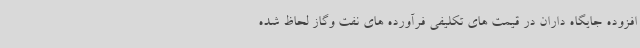
افزوده جایگاه داران در قیمت های تکلیفی فرآورده های نفت وگاز لحاظ شده